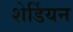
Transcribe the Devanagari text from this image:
शेर्डियन